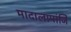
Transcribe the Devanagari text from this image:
मादालापांजि